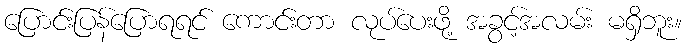
ပြောင်းပြန်ပြောရရင် ကောင်းတာ လုပ်ပေးဖို့ အခွင့်အလမ်း မရှိဘူး။